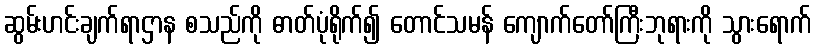
ဆွမ်းဟင်းချက်ရာဌာန စသည်ကို ဓာတ်ပုံရိုက်၍ တောင်သမန် ကျောက်တော်ကြီးဘုရားကို သွားရောက်